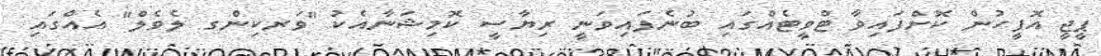
ޕީޖީ އޮފީހުން ކޮށްފައިވާ ޓްވީޓެއްގައި ބުނެފައިވަނީ ރިޔާސީ ކޮމިޝަނާއެކު "ވަރކިންގ ލެވެލް" އެއްގައި